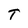
Character: T